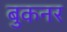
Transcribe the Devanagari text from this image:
बुकनर